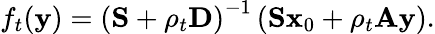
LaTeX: f_{t}(\mathbf{y})=\left(\mathbf{S}+\rho_{t}\mathbf{D}\right)^{-1}\left(\mathbf{S}\mathbf{x}_{0}+\rho_{t}\mathbf{A}\mathbf{y}\right).